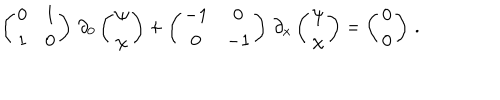
\left( \begin{matrix} { { 0 } } & { { 1 } } \\ { { 1 } } & { { 0 } } \\ \end{matrix} \right) \, \partial _ { 0 } \left( \begin{matrix} { { \psi } } \\ { { \chi } } \\ \end{matrix} \right) + \left( \begin{matrix} { { - 1 } } & { { 0 } } \\ { { 0 } } & { { - 1 } } \\ \end{matrix} \right) \, \partial _ { x } \left( \begin{matrix} { { \psi } } \\ { { \chi } } \\ \end{matrix} \right) = \left( \begin{matrix} { { 0 } } \\ { { 0 } } \\ \end{matrix} \right) \, .